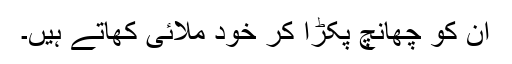
ان کو چھانچ پکڑا کر خود ملائی کھاتے ہیں۔